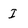
Character: I